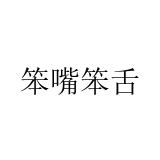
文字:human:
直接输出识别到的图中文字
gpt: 笨嘴笨舌